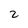
Character: 2